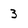
Character: 3